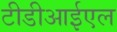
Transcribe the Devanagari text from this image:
टीडीआईएल